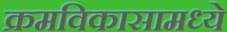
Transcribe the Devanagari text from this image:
क्रमविकासामध्ये